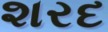
શરદ